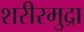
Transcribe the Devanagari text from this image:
शरीरमुद्रा